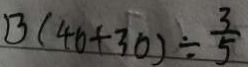
B ( 4 0 + 3 0 ) \div \frac { 3 } { 5 }